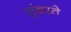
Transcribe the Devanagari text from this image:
सुंदरते